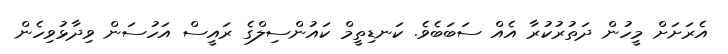
އެރަށަށް މީހުން ދަތުރުކުރާ އެއް ސަބަބެވެ. ކަނޑިތީމް ކައުންސިލްގެ ރައީސް އަހުސަން ވިދާޅުވިހެން